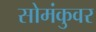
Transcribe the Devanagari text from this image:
सोमंकुवर